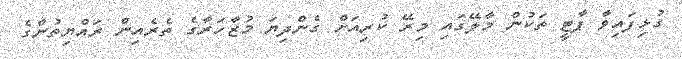
ގުޅިފައިވާ ޕާޓީ ތަކުން މާލޭގައި މިރޭ ކުރިއަށް ގެންދިޔަ މުޒާހަރާގެ ތެރެއިން ރައްޔިތުންގެ